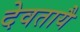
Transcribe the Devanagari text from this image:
देवतायै